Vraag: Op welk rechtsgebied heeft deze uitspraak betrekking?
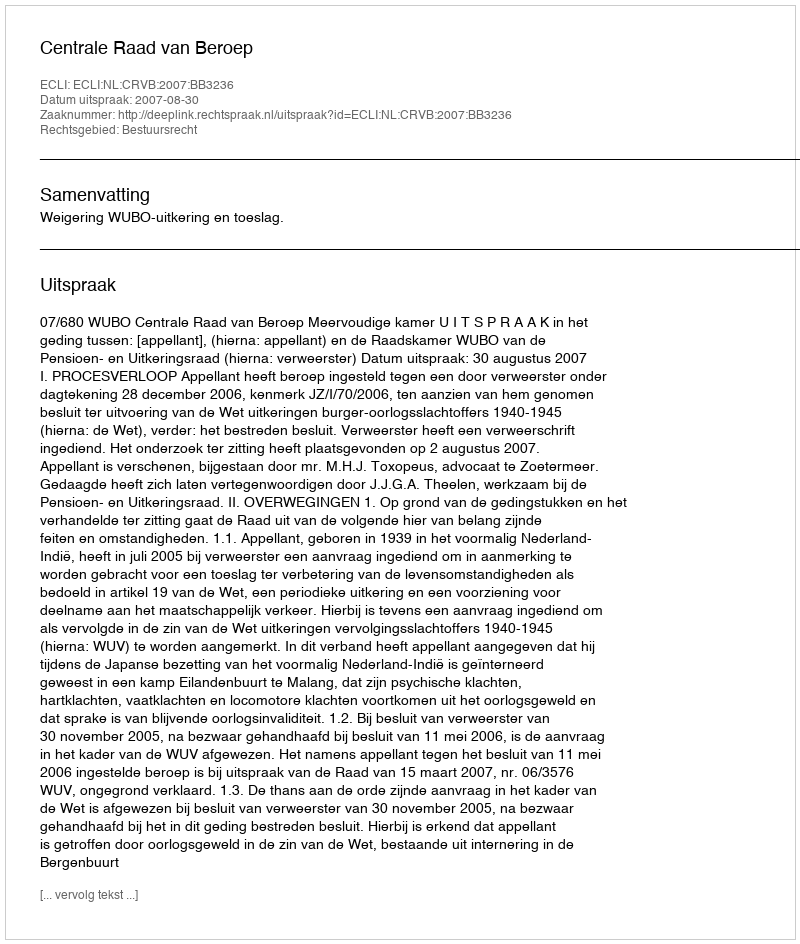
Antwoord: Bestuursrecht